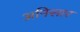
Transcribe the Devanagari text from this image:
अनिसार